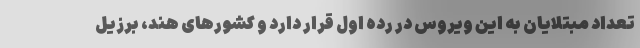
تعداد مبتلایان به این ویروس در رده اول قرار دارد و کشورهای هند، برزیل